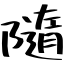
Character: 隨